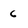
Character: 6